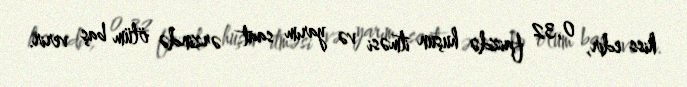
hiss edir, 0,32 faizdə huşun itməsi və yarım saat ərzində ölüm baş verir.